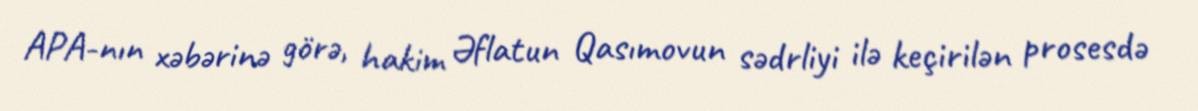
APA-nın xəbərinə görə, hakim Əflatun Qasımovun sədrliyi ilə keçirilən prosesdə